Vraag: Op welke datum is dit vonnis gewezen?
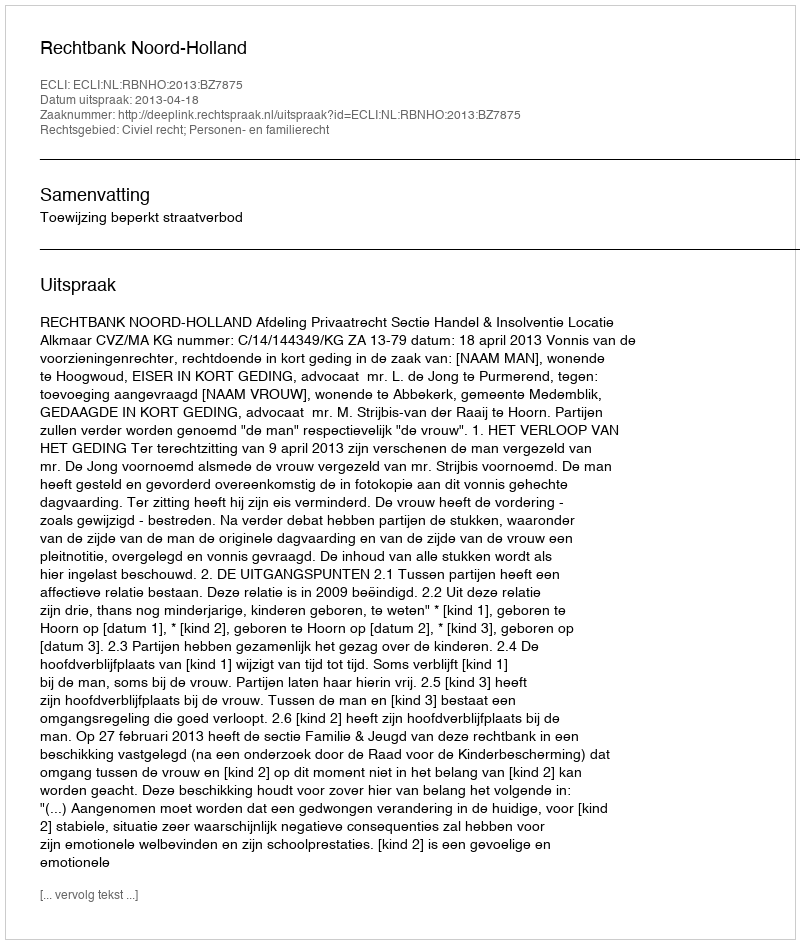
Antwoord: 2013-04-18